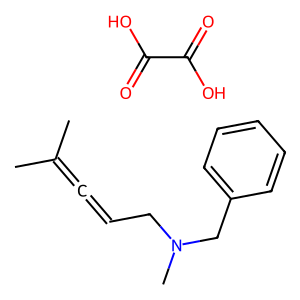
SMILES: CC(C)=C=CCN(C)Cc1ccccc1.O=C(O)C(=O)O
Inhibits HIV replication: No